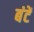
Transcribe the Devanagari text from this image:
बंटें